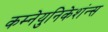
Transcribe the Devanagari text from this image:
कम्नेयुनिकेशंन्स